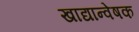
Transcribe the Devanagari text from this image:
खाद्यान्वेषक